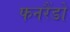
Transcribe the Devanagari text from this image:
फनरैंडो